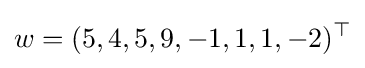
w=(5,4,5,9,-1,1,1,-2)^{\top }